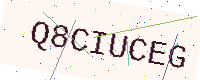
Text: Q8CIUCEG